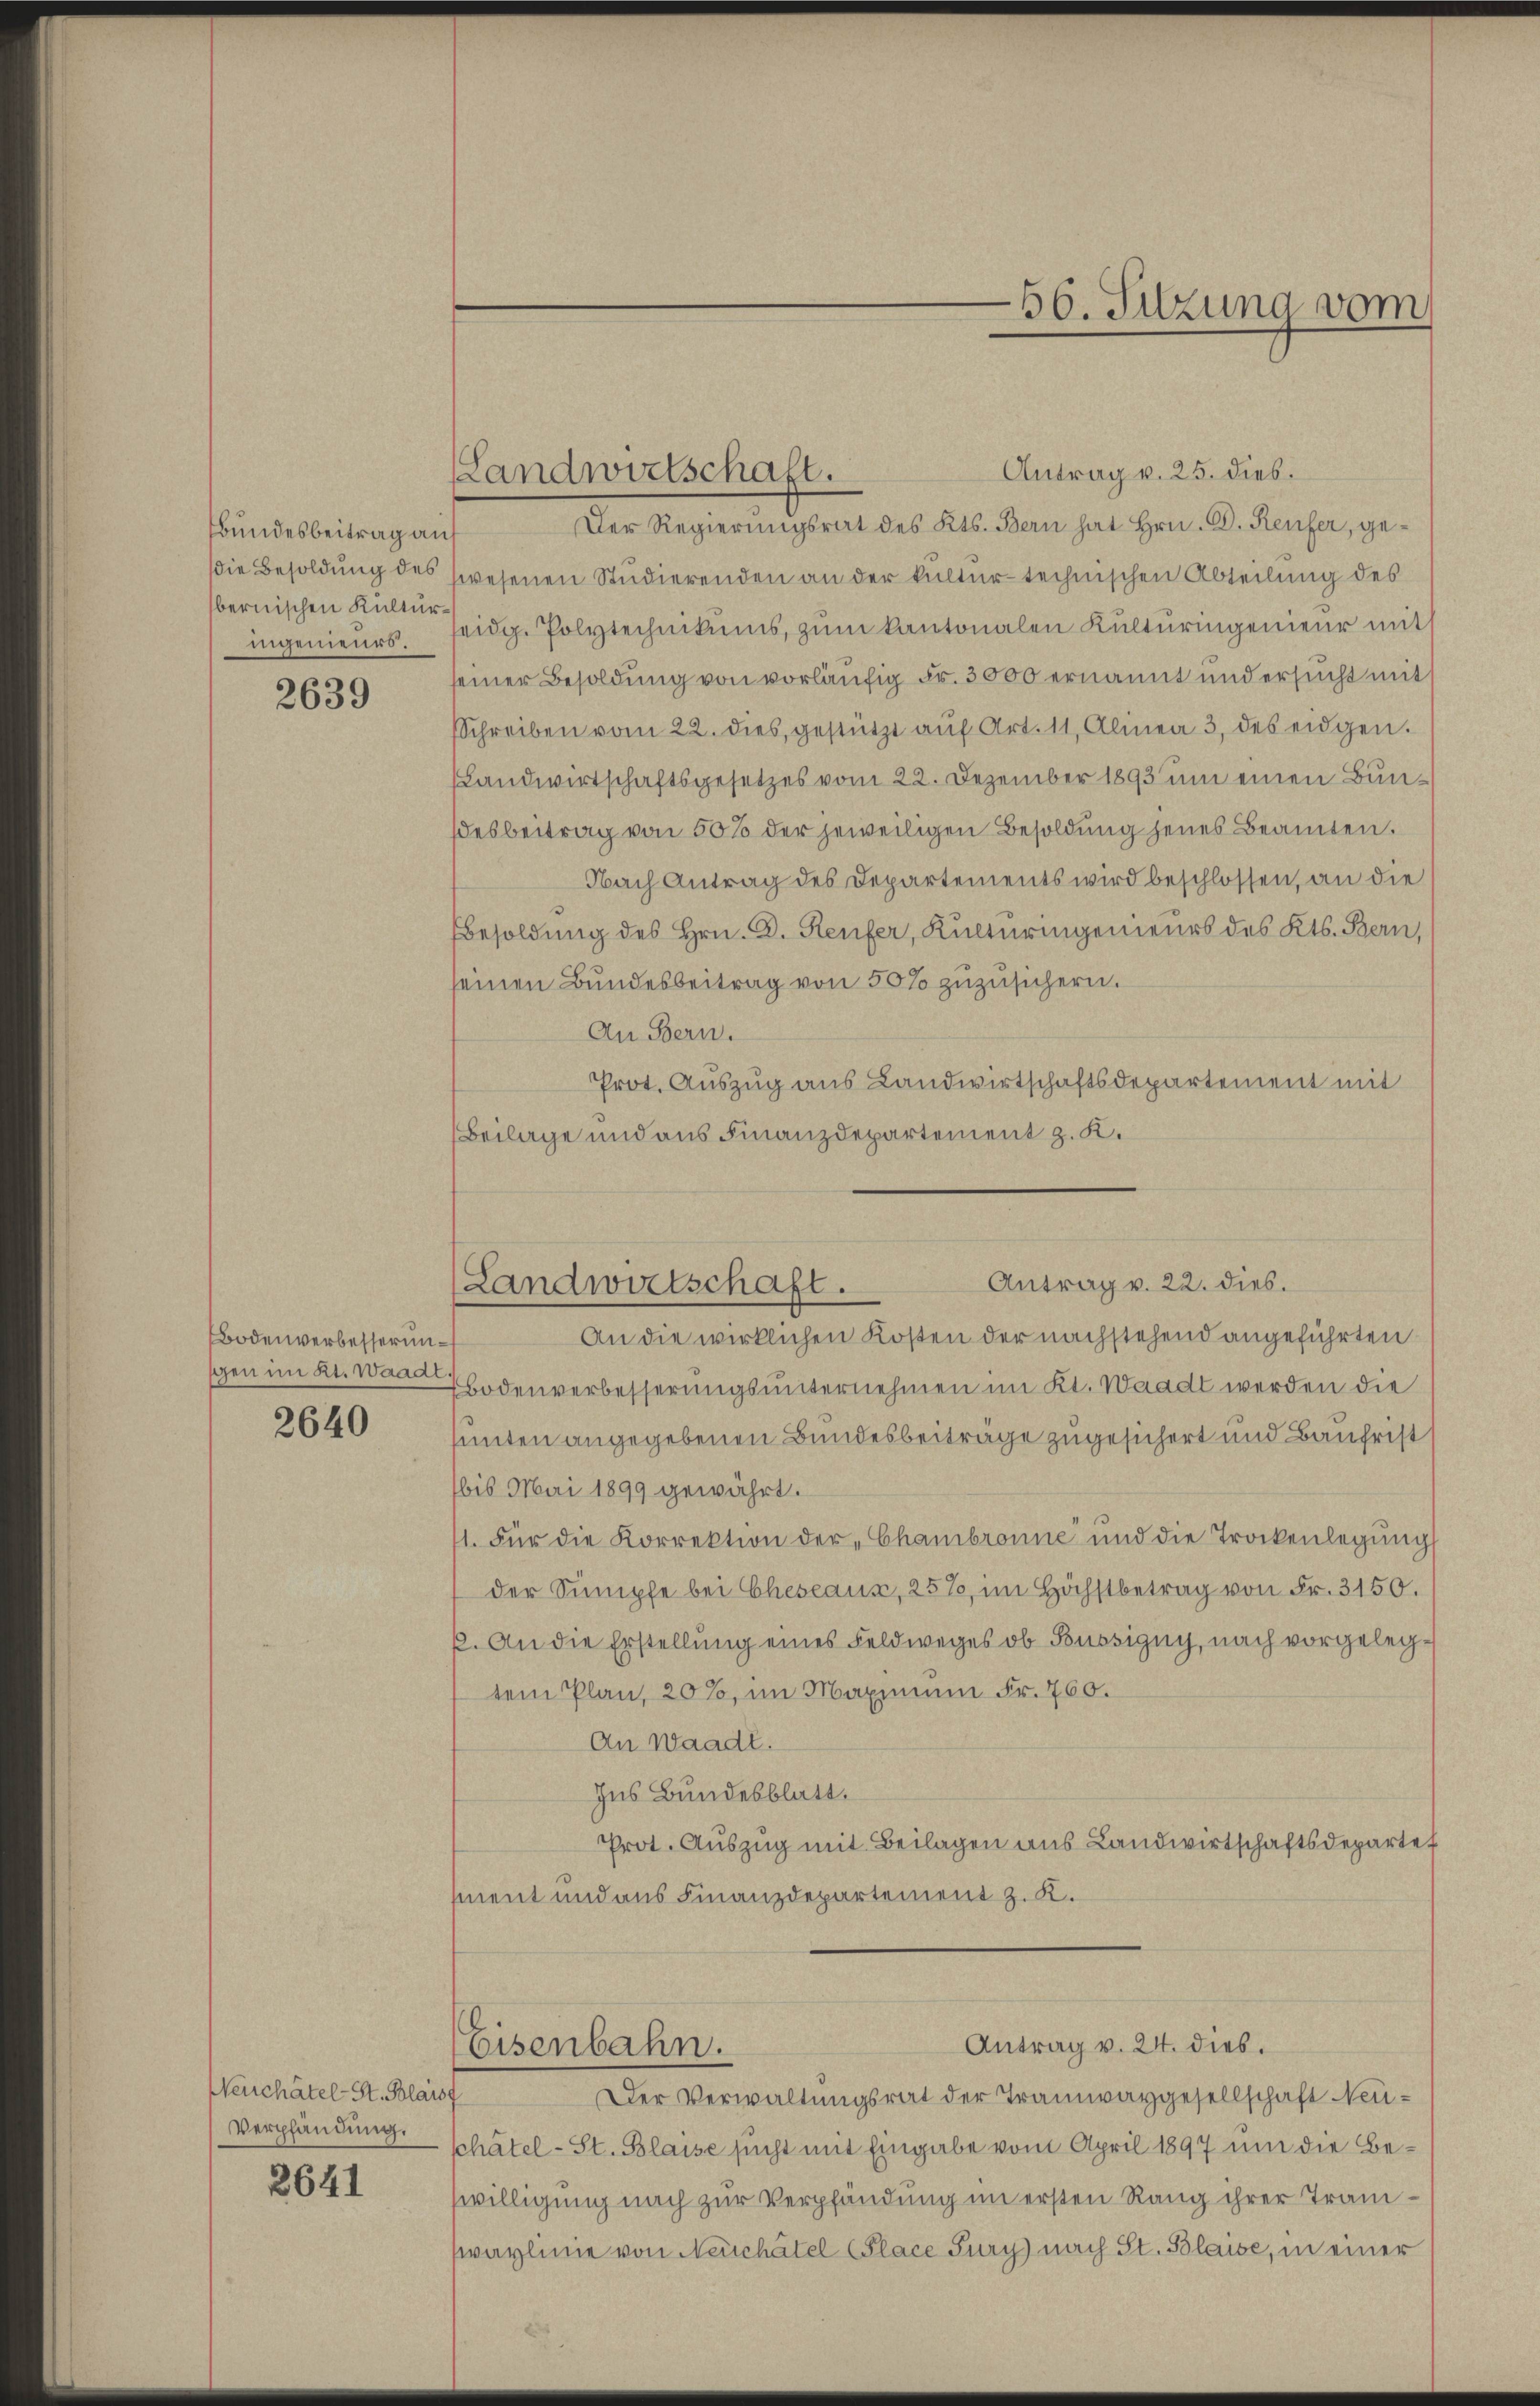
Bundesbeitrag auf
ingenieurs.

2639

Bodenverbesserun¬

2640

Neuchâtel-St. Blaist
Verpfändung.

2641

Antrag v. 25. dies.
Der Regierungsrat des Kts. Bern hat Hrn. D. Reufer, gedie Besoldung des wesenen Studierenden an der kultur-technischen Abteilung des
bernischen Kinde Polytechnikums, zum Kantonalen Kulturingenieur mit
seiner Besoldung von vorläufig Fr. 3000 ernannt und ersucht mit
Schreiben vom 22. dies, gestützt aŭf Art. 11, Alinea 3. des eidgen.
Landwirtschaftsgesetzes vom 22. Dezember 1893 um einen Bundesbeitrag von 50% der jeweiligen Besoldung jenes Beamten.
Nach Antrag des Departements wird beschlossen, an die
Besoldung des Hrn. D. Reufer, Kulturingenieurs des Kts. Bern,
seinen Bundesbeitrag von 50% zŭzŭsichern.
An Bern.
Prot. Auszug aus Landwirtschaftsdepartement mit
Beilage und aus Finanzdepartement z. K.

Landwirtschaft.

56. Sitzung vom

An die wirklichen Kosten der nachstehend angeführten
gen im Kt. Wann Bodenverbesserungsunternehmen im Kt. Waadt werden die
sunten angegebenen Bundesbeiträge zugesichert und Baufrist
bis Mai 1899 gewährt.
1. Für die Korrektion der „Chambronne und die Trockenlegŭng
der Sumpfe bei Eheseaux, 25%, im Höchstbetrag von Fr. 3150.
p. An die Erstellung eines Feldweges ob Büssigny, nach vorgelegtem Plan, 20%, im Maximum Fr. 760.
An Waadt.
Ins Bundesblatt.
Prot. Auszug mit Beilagen aus Landwirtschaftsdepartef
ment und aus Finanzdepartement z. K.

Antrag v. 22. dies.
Landwirtschaft.

Eisenbahn.

Antrag v. 24. dies.

Der Verwaltŭngsrat der Tramwaygesellschaft Neuphätel- St. Blaise sucht mit Eingabe vom April 1897 um die Beswilligung nach zur Verpfändung im ersten Rang ihrer Tranwaylinie von Neuchâtel (Place Fury) nach St. Blaise, in einer